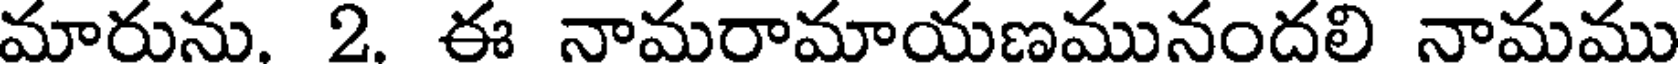
మారును. 2. ఈ నామరామాయణమునందలి నామము